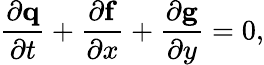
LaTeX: \frac{\partial\mathbf{q}}{\partial t}+\frac{\partial\mathbf{f}}{\partial x}+\frac{\partial\mathbf{g}}{\partial y}=0,